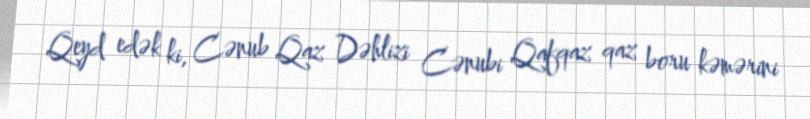
Qeyd edək ki, Cənub Qaz Dəhlizi Cənubi Qafqaz qaz boru kəmərini